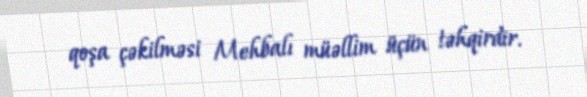
qoşa çəkilməsi Mehbalı müəllim üçün təhqirdir.